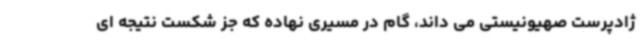
ژادپرست صهیونیستی می داند، گام در مسیری نهاده که جز شکست نتیجه ای